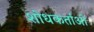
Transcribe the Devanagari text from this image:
शोधकर्ताओ